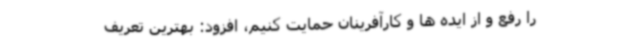
را رفع و از ایده ها و کارآفرینان حمایت کنیم، افزود: بهترین تعریف